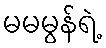
မမမွန်ရဲ့